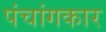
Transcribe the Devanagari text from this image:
पंचांगकार